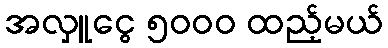
အလှူငွေ ၅၀၀၀ ထည့်မယ်